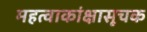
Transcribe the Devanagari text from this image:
महत्वाकांक्षासूचक